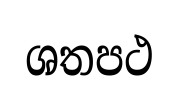
ශතපථ